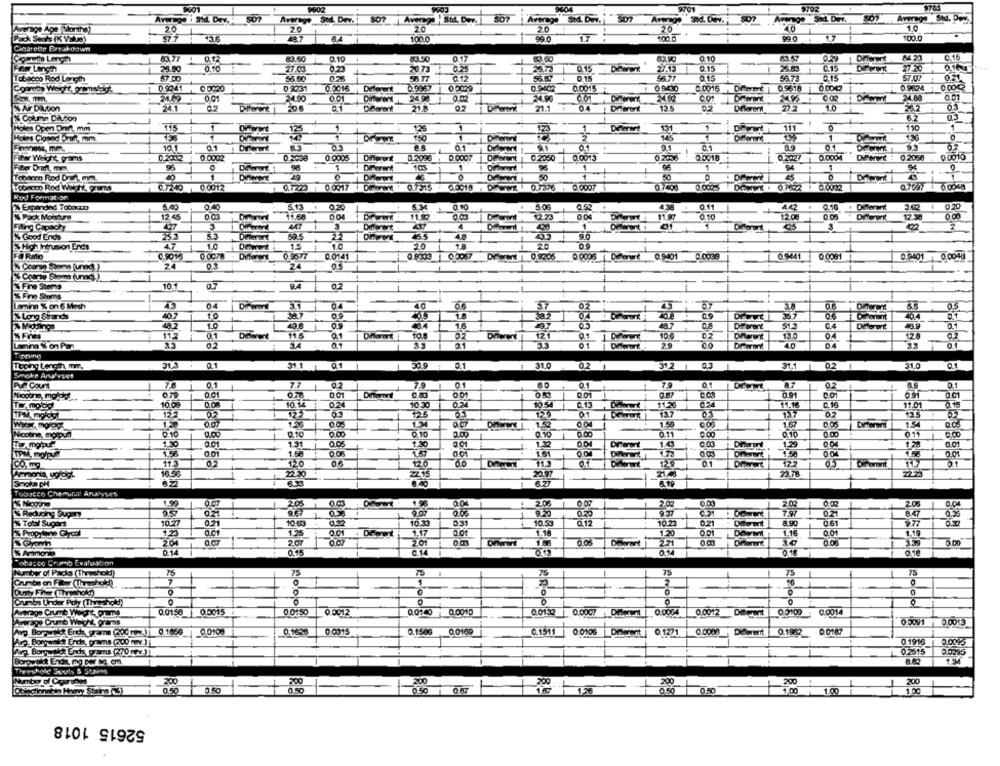
9601
9604
9701
Average i Sid. Dev. - 507
Average
Sta. Dev. 1
Average : SML. Doy. 507
307
Average SM. Dev. j "507
507 Average Sd. Dev. H
Average Sed. Derv. SOT
Average Std. Doy
Average Age (Months)
20
20
20
20
20
10
Pack Sechs (K Value)
57.7
2A7
100.0
17
99.0
1.7
100.0
Cigarette Breakdown
077
83.50
0.10
83.50
01
0.10
8623
0.15
26.80
0.10
27.03
0.23
20 73
0 15
DiBerent
27.13
27.20
56.50
0.12
56. 87
0.15
0.15
55.73
57.07
0.21
Tobacco Rod Length
Connet Weight, gramslegt
0 9941
0.0020
0 8231
0.0016
0.9367
00079
0.0015 :
09430
0.0016 Drwet
0.9618
0.9824
0.01
24.80
Diferent
2458 !
24.88
Air Dalton
24.1
0.1
21.8
02
21.1
04
12.
0.2
Different
10
05
Drewi
62
% Column Dition
Holes Open Draft, mm
1
125
125
1
131
1
1
111
150
Holes Closedlord, mm
3
145
Different
1
1.36
10.
01
9.1
09
01
01
0.4
0.1
-
Dawent
Fifw Weight, grams
0.2002
0.0002
0.0005
Diferent
0.2096
DiParent
0.2050
0.0013
0 2056
0.0018
0.2027
0.0004
Dreret : 0.2058
0 0010
Fiber Dort mm.
1
1
96
1
94
94
Tootern Rod Drin, mm.
40
50
150
0.0005
Q7597
0.7240 0.0012
1 0.7223 0.0017 DFwant . 0.7315 0.0018 . D/www . 0.7376 . 0.0007
DEFNE . 07622 0.0042
0 0048
ROJ Formation
5.13
0.20
5.34
0.10
5.06
0.52
0.11
. 0.16 + Diferent
3.02
0.20
% Pack Moisture
12.45
11.92
12.73
11.97
1200
12.38
Filing Capachy
427
3
4
1
3
1% Good Ends
Different
505
22
48
High Intrusion Ends
10
1.5
10
18
20
C.SO15
0 9577
0.0141
0 8033 00057 Depet 0.9205
0.9401 0.0039
09441
0.0001
0.9401 | 0.0048
% Coarse Stoms (unng))
24
24
05
% Coarse Shems (unng)))
10
-
% Fine Stems
07
9.4
0.2
& Fine Shome
Lamin % on 6 Mash
04
3.1
04
05
% Long Stands
40.7
1.0
09
i Offerant
% Modings
482
1.0
1.6
0.4
Diferent
11.2
01
Different
0.1
02
121
10.0
0.2
13.0
04
12
Lainn % on Par
35
34
40
04
0.1
Toping Length, mm,
31.3 . 0.1
31.1 0.1
1
30.9 : 0.1
1 31.0
0.2
312 1 0.3
31.1 | 0.2
31.
0.2
31.
Smoke Analyses
Pue Court
78
7.7
01
79
01
87
02
0.1
02
79 1
-
0.1
Naocone, moldy
0 79
OK
0.01
Tw moby
10.09
10.14 :
02
10.30
10.54
0.13
11-28
024
11.01
0.15
122
1235
123
01
05
02
Podo
TPM, moly
1.50
1.67
0.10
0.10
0.CO
0.10
0.16
0.11
0.10
01
0.00
1.20
1.31
1.20
1.32
0.0
1.4
0.03
1.20
128
156
005
0.01
02
120
1.20
129
0.1
127
Difornt
01
Ammonta, upldigt
16.56
3250
27.15
21/40
Smoke CH
8.40
Tobacco Chemin! Analyses
1.99
205
Ofart . 1.96
0.04
20
0 07
2.02
2.02
20
0.04
% Reducing Super
1
9.07
0.20
0.21
8.47
% Total Sugars
10.27
0.21
10.23
03
10 %
0.12
10%%
0.21
0.61
977
0.35
10:63
& Propylene Glycol
0.01
1.25
00
Diferent
1.17
1.18
20
1.16
0.01
% Growth
200
207
201
008
221
Dront
0.00
% Armonia
0.14
0.95
0.14
0.12
0.14
Tobacco Crumb Evaluation
Number of Packs (Threshold)
75
75
75
75
75
Crumbs on Flor (Ihmhold)
7
1
2
16
0
Dusty Fre Threshold)
0
-
Crumbs Under Poly (Threshold)
0
Average Crumnt Weight,prams
0.0158 0.0015
0.0150
pooo
0.0012
0.0140
0.0010
0.0132
0.0007
Diferent
0.0004
0.0012 Diferent
0.0100
0.0014
Average Crumb Weight, prams
0 5091
0.0013
Avg BoryNok Ent, grams (200 . ] 0.1864
0.1628
0.0015
Q.1500
0.0109
C.1511
0.0106 Dierent
0 1271
0.0000
Delorent
0.1980
Avg. Borgwska Ench, grams (200 mv ) |
0.1916
0.0045
Avy Borgwalk Ench prams (270 m2 ))
0.2515
0.0395
Threshold Souls & Stains
Number of Courants
200
200
200
200
200
200
200
0.50
0.50
-
0.50
1.00
1,00
52615 1018